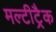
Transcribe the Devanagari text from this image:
मल्टीट्रैक